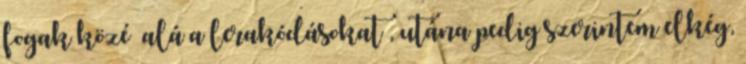
fogak közé alá a lerakódásokat , utána pedig szerintem elkég,